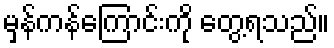
မှန်ကန်ကြောင်းကို တွေ့ရသည်။